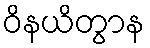
ဝိနယိတွာန